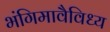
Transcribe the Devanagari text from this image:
भंगिमावैविध्य